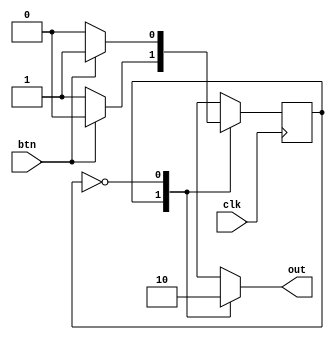
module button_control_4 (
    input clk,
    input btn,
    output reg out
  );
  
  
  
  localparam MANUAL_bc = 1'd0;
  localparam AUTO_bc = 1'd1;
  
  reg M_bc_d, M_bc_q = MANUAL_bc;
  
  always @* begin
    M_bc_d = M_bc_q;
    
    M_bc_d = M_bc_q;
    out = 1'h0;
    
    case (M_bc_q)
      AUTO_bc: begin
        if (btn == 1'h1) begin
          M_bc_d = MANUAL_bc;
        end
        out = 1'h1;
      end
      MANUAL_bc: begin
        if (btn == 1'h1) begin
          M_bc_d = AUTO_bc;
        end
        out = 1'h0;
      end
    endcase
  end
  
  always @(posedge clk) begin
    M_bc_q <= M_bc_d;
  end
  
endmodule